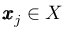
\pmb { x } _ { j } \in X